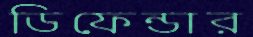
ডিফেন্ডার